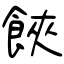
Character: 𩛩